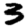
Digit: 3